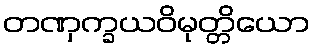
တဏှက္ခယဝိမုတ္တိယော